Scientific memoirs by medical officers of the Army of India - Part VIII,
Year: 1894
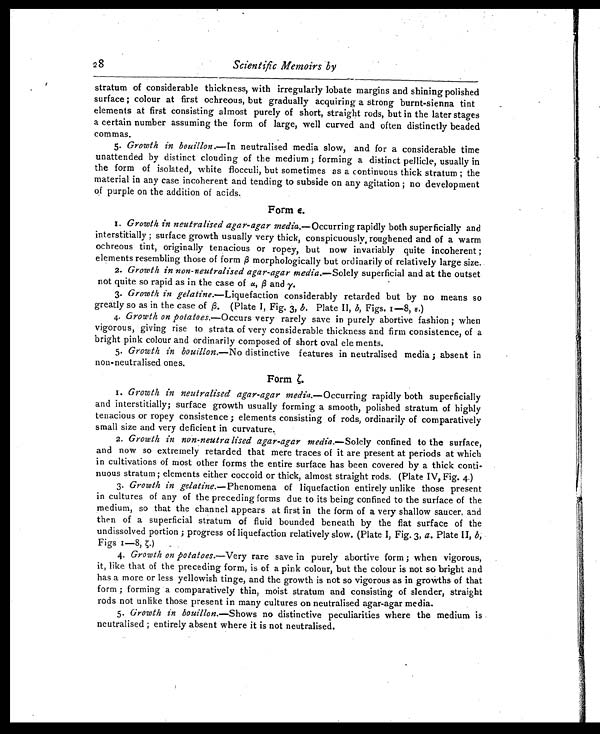
2 8
Scientific Memoirs by
stratum of considerable thickness, with irregularly lobate margins and shining polished
surface ; colour at first ochreous, but gradually acquiring a strong burnt-sienna tint
elements at first consisting almost purely of short, straight rods, but in the later stages
a certain number assuming the form of large, well curved and often distinctly beaded
commas.
5. Growth in bouillon. —In neutralised media slow, and for a considerable time
unattended by distinct clouding of the medium ; forming a distinct pellicle, usually in
the form of isolated, white flocculi, but sometimes as a continuous thick stratum ; the
material in any case incoherent and tending to subside on any agitation ; no development
of purple on the addition of acids.
Form Є.
1. Growth in neutralised agar-agar media.—Occurring rapidly both superficially and
interstitially ; surface growth usually very thick, conspicuously, roughened and of a warm
ochreous tint, originally tenacious or ropey, but now invariably quite incoherent ;
elements resembling those of form β morphologically but ordinarily of relatively large size.
2. Growth in non-neutralised agar-agar media. —Solely superficial and at the outset
not quite so rapid as in the case of α, β and γ.
3. Growth in gelatine.—Liquefaction considerably retarded but by no means so
greatly so as in the case of β. (Plate 1, Fig. 3, b . Plate II, b, Figs. 1-8, Є.)
4. Growth on potatoes.—Occurs very rarely save in purely abortive fashion ; when
vigorous, giving rise to strata of very considerable thickness and firm consistence, of a
bright pink colour and ordinarily composed of short oval ele ments.
5. Growth in bouillon. —No distinctive features in neutralised media ; absent in
non-neutralised ones.
Form ζ.
1. Growth in neutralised agar-agar media. —Occurring rapidly both superficially
and interstitially; surface growth usually forming a smooth, polished stratum of highly
tenacious or ropey consistence ; elements consisting of rods, ordinarily of comparatively
small size and very deficient in curvature.
2. Growth in non-neutralised agar-agar media. —Solely confined to the surface,
and now so extremely retarded that mere traces of it are present at periods at which
in cultivations of most other forms the entire surface has been covered by a thick conti-
nuous stratum ; elements either coccoid or thick, almost straight rods. (Plate IV, Fig. 4.)
3. Growth in gelatine. —Phenomena of liquefaction entirely unlike those present
in cultures of any of the preceding forms due to its being confined to the surface of the
medium, so that the channel appears at first in the form of a very shallow saucer, and
then of a superficial stratum of fluid bounded beneath by the flat surface of the
undissolved portion ; progress of liquefaction relatively slow. (Plate I, Fig. 3, a . Plate II, b,
Figs 1-8,ζ .
4. Growth on potatoes.—Very rare save in purely abortive form ; when vigorous,
it, like that of the preceding form, is of a pink colour, but the colour is not so bright and
has a more or less yellowish tinge, and the growth is not so vigorous as in growths of that
form ; forming a comparatively thin, moist stratum and consisting of slender, straight
rods not unlike those present in many cultures on neutralised agar-agar media.
5. Growth in bouillon. —Shows no distinctive peculiarities where the medium is
neutralised ; entirely absent where it is not neutralised.